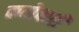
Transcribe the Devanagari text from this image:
करोबारी